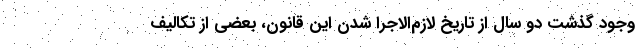
وجود گذشت دو سال از تاریخ لازم‌الاجرا شدن این قانون، بعضی از تکالیف